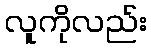
လူကိုလည်း